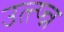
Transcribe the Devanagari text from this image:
उत्त्प्न्न